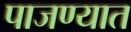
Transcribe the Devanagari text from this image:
पाजण्यात